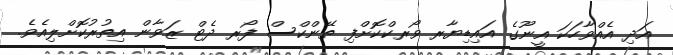
އަދި އެއްވާހަކަ އީނޫގެ އައިޑިޔާރ ވޯރކްކޮށްފި ތޭންކްސް ފޯރ ދެޓް ޒަވާން އިތުރުކޮށްލިއެވެ.